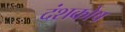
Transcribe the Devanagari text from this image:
दंशकोष